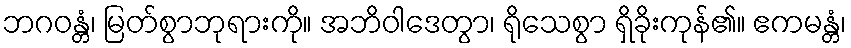
ဘဂဝန္တံ၊ မြတ်စွာဘုရားကို။ အဘိဝါဒေတွာ၊ ရိုသေစွာ ရှိခိုးကုန်၏။ ဧကမန္တံ၊